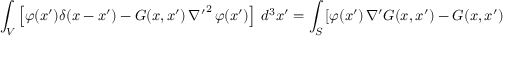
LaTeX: \int _ { V } \left[ \varphi ( x ^ { \prime } ) \delta ( x - x ^ { \prime } ) - G ( x , x ^ { \prime } ) \, { \nabla ^ { \prime } } ^ { 2 } \, \varphi ( x ^ { \prime } ) \right] \ d ^ { 3 } x ^ { \prime } = \int _ { S } \left[ \varphi ( x ^ { \prime } ) \, { \nabla ^ { \prime } } G ( x , x ^ { \prime } ) - G ( x , x ^ { \prime } ) \, { \nabla ^ { \prime } } \varphi ( x ^ { \prime } ) \right] \cdot d { \widehat { \sigma } } ^ { \prime } .